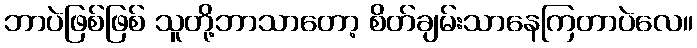
ဘာပဲဖြစ်ဖြစ် သူတို့ဘာသာတော့ စိတ်ချမ်းသာနေကြတာပဲလေ။